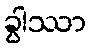
ခွါဿာ